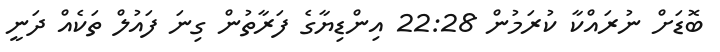
ބޮޑަށް ނުރައްކާ ކުރަމުން 22:28 އިންޑިޔާގެ ފަރާތުން ގިނަ ފައުލް ތަކެއް ދަނީ